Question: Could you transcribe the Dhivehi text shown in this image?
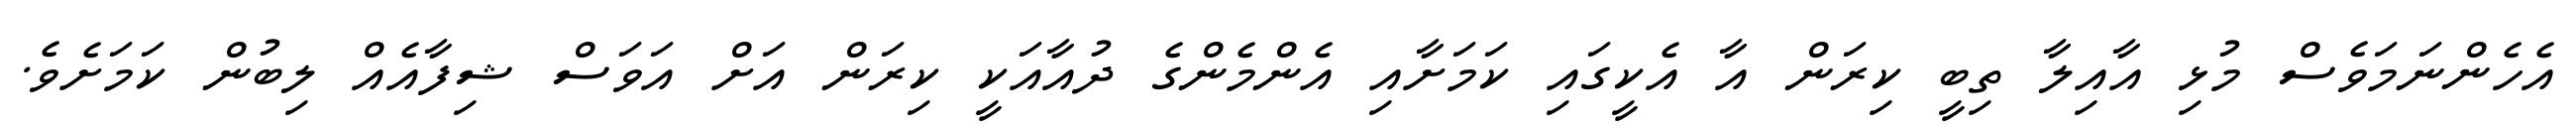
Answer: އެހެންނަމަވެސް މުޅި އާއިލާ ތިބީ ކިރަން އާ އެކީގައި ކަމަށާއި އެންމެންގެ ދުއާއަކީ ކިރަން އަށް އަވަސް ޝިފާއެއް ލިބުން ކަމަށެވެ.